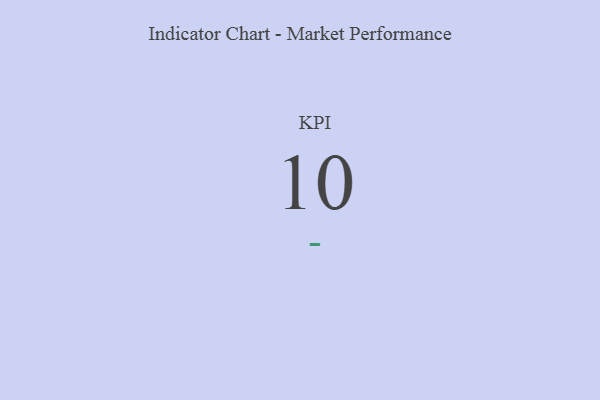
{"axis": {"x": "KPI", "y": "Value"}, "legend": [""], "data": [{"x": "KPI", "y": 10, "type": ""}]}